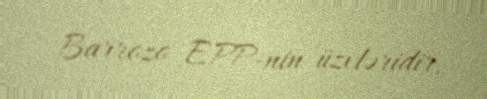
Barrozo EPP-nin üzvləridir.